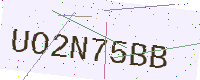
Text: UO2N75BB